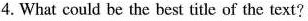
4. What could be the best title of the text?